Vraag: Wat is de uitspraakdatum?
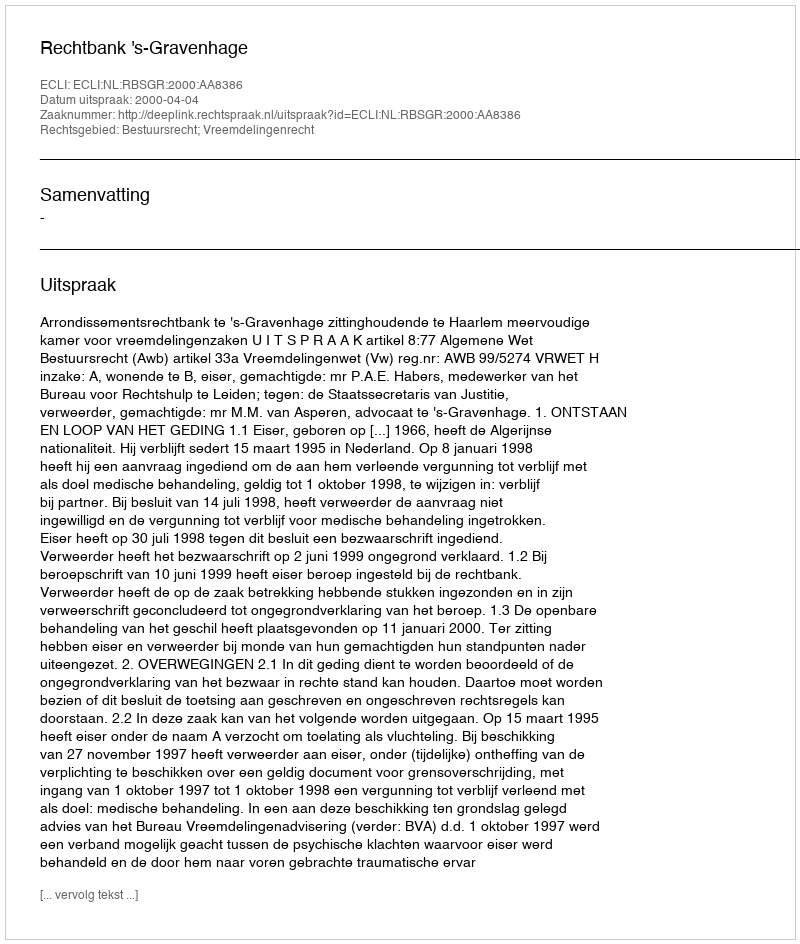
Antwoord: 2000-04-04